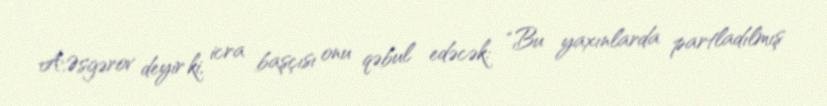
A.Əsgərov deyir ki, icra başçısı onu qəbul edəcək: “Bu yaxınlarda partladılmış